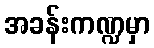
အခန်းကဏ္ဍမှာ